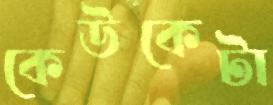
কেউকেটা